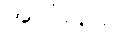
အသုံးချခံ